Calcutta medical institutions reports 1892-1900
Year: 1892
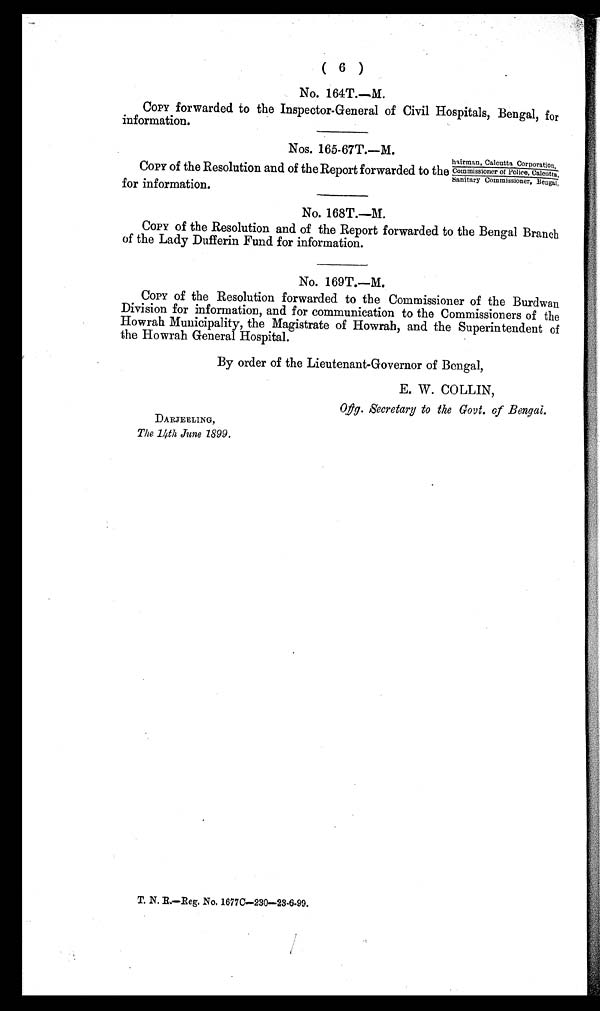
( 6 )
No. 164T.—M.
COPY forwarded to the Inspector-General of Civil Hospitals, Bengal, for
information.
Nos. 165-67T.—M.
COPY of the Resolution and of the Report forwarded to the
for information.
hairman, Calcutta Corporation,
Commissioner of Police, Calcutta,
sanitary Commissioner, Bengal,
No. 168T.—M.
COPY of the Resolution and of the Report forwarded to the Bengal Branch
of the Lady Dufferin Fund for information.
No. 169T.—M.
COPY of the Resolution forwarded to the Commissioner of the Burdwan
Division for information, and for communication to the Commissioners of the
Howrah Municipality, the Magistrate of Howrah, and the Superintendent of
the Howrah General Hospital.
By order of the Lieutenant-Governor of Bengal,
E. W. COLLIN,
Offg. Secretary to the Govt. of Bengal.
DARJEELING,
The 14th June 1899.
T.N.R.-Reg. No. 1677C-230-23.6.99.